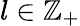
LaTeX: l\in\mathbb{Z}_{+}